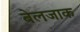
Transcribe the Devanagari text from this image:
बेलजाक